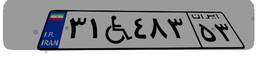
۳۱W۴۸۳۵۳